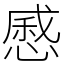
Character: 㥻